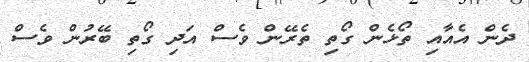
ދެން އެއާއި ތޯޅެން ގޯތި ތެރޭން ވެސް އަދި ގޯތި ބޭރުން ވެސް